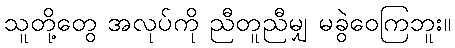
သူတို့တွေ အလုပ်ကို ညီတူညီမျှ မခွဲဝေကြဘူး။